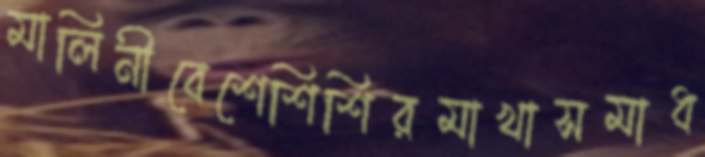
মালিনীবেশেশিশিরমাখাসমাধ